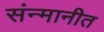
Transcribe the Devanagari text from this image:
संन्मानीत